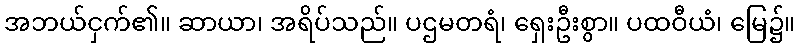
အဘယ်ငှက်၏။ ဆာယာ၊ အရိပ်သည်။ ပဌမတရံ၊ ရှေးဦးစွာ။ ပထဝီယံ၊ မြေ၌။